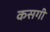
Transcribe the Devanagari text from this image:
कसगी